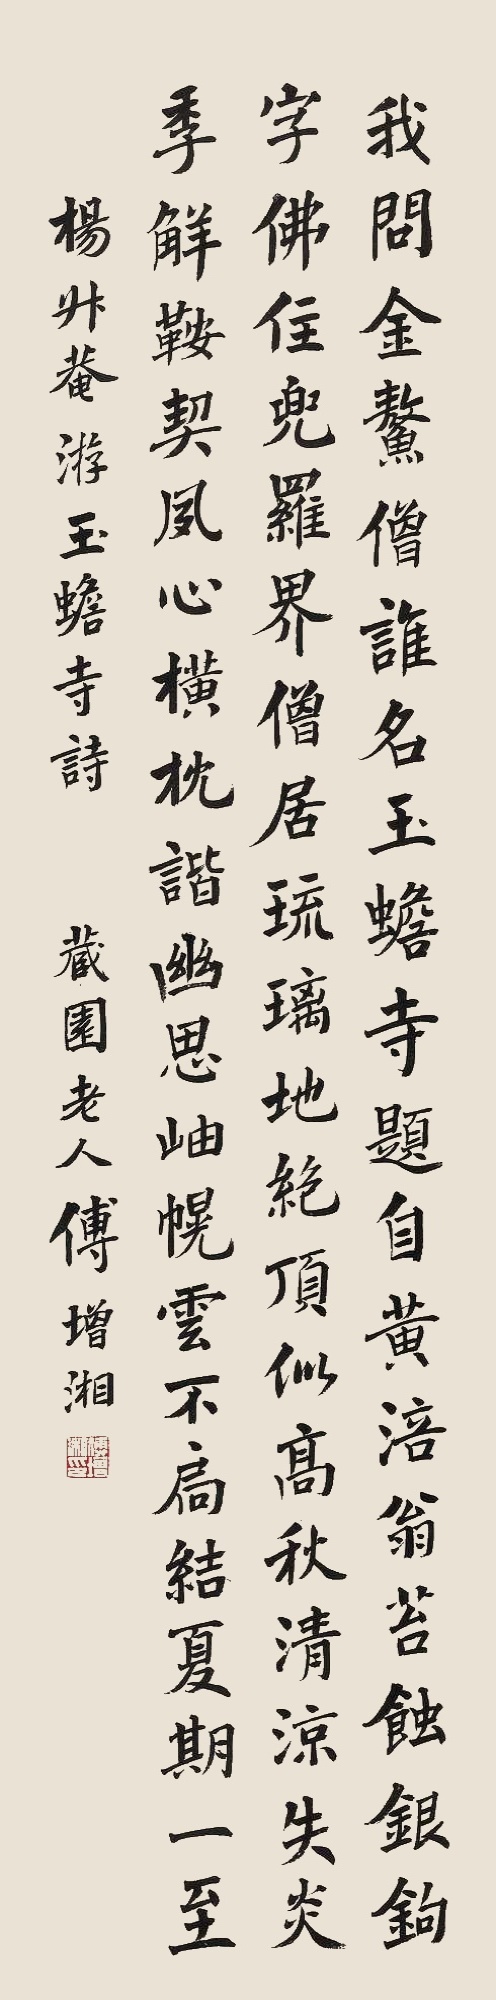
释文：我问金鳌僧，谁名玉蟾寺。题自黄涪翁，苔蚀银钩字。佛住兜罗界，僧居琉璃地。绝顶似高秋，清凉失炎季。解鞍契夙心，横枕谐幽思。岫幌云不局，结夏期一至。杨升庵游玉蟾寺诗。藏园老人傅增湘。